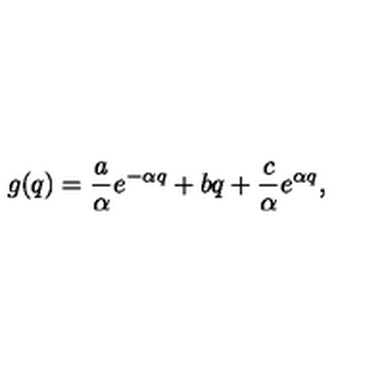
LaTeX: g ( q ) = \frac { a } { \alpha } e ^ { - \alpha q } + b q + \frac { c } { \alpha } e ^ { \alpha q } ,